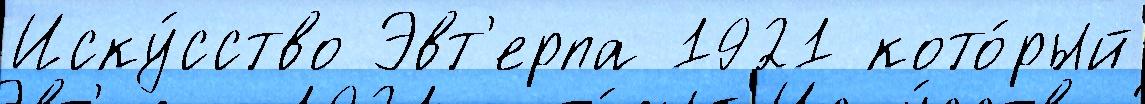
Иску́сство Эвт'ерпа 1921 кото́рый